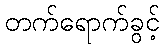
တက်ရောက်ခွင့်